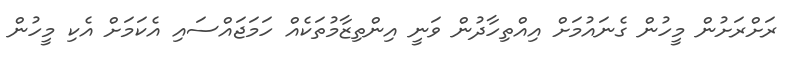
ރަށްރަށުން މީހުން ގެނައުމަށް އިއްތިހާދުން ވަނީ އިންތިޒާމުތަކެއް ހަމަޖައްސައި އެކަމަށް އެކި މީހުން